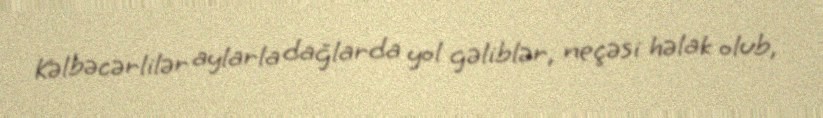
Kəlbəcərlilər aylarla dağlarda yol gəliblər, neçəsi həlak olub,